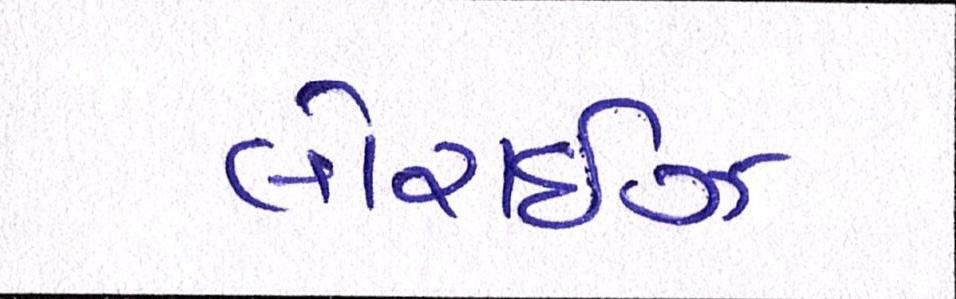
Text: લોરાઈઝ